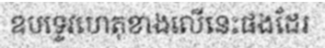
ឧបទ្ទេវហេតុខាងលើនេះផងដែរ